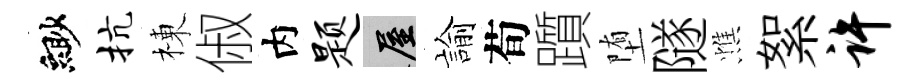
緲抗棟俶内题屋諭荀躓堕隧憔絮许